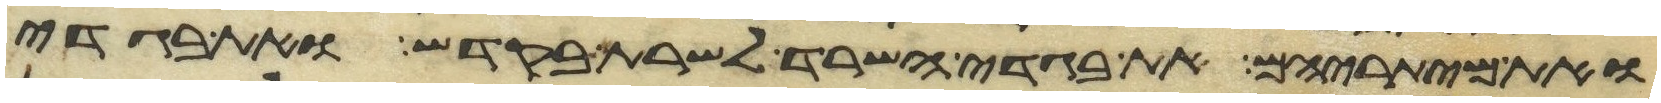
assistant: ואת מיתריהם את בגדי השרד לשרת בקדש ואת בגדי